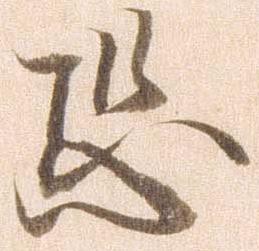
恐